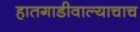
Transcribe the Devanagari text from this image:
हातगाडीवाल्याचाच